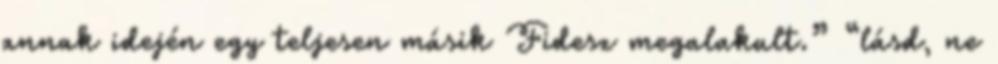
annak idején egy teljesen másik Fidesz megalakult.” “lásd, ne